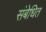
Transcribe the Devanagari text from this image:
संबेधित